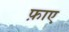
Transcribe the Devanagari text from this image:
फ़ाए